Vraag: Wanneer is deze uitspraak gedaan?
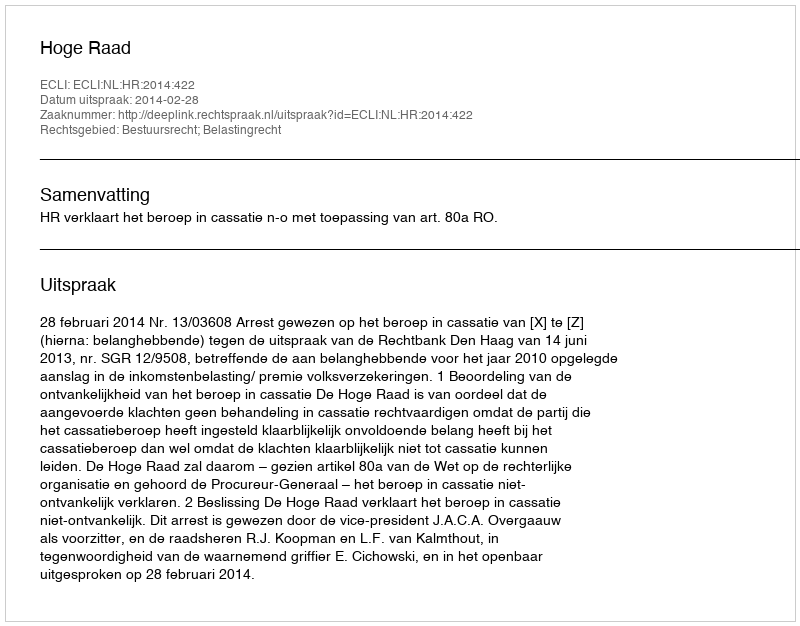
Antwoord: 2014-02-28